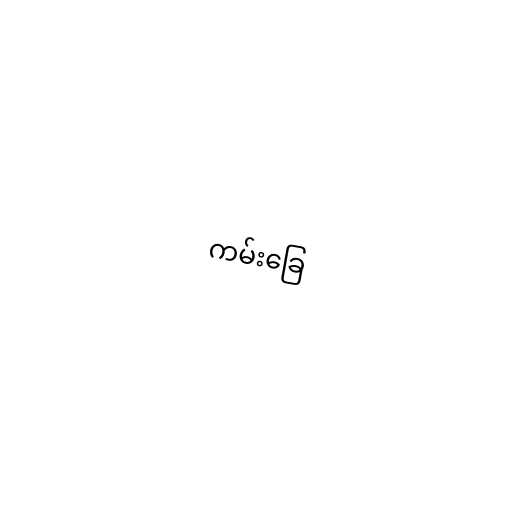
ကမ်းခြေ